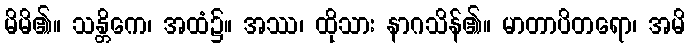
မိမိ၏။ သန္တိကေ၊ အထံ၌။ အဿ၊ ထိုသား နာဂသိန်၏။ မာတာပိတရော၊ အမိ